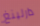
دارلينغ